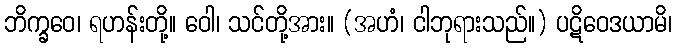
ဘိက္ခဝေ၊ ရဟန်းတို့။ ဝေါ၊ သင်တို့အား။ (အဟံ၊ ငါဘုရားသည်။) ပဋိဝေဒယာမိ၊